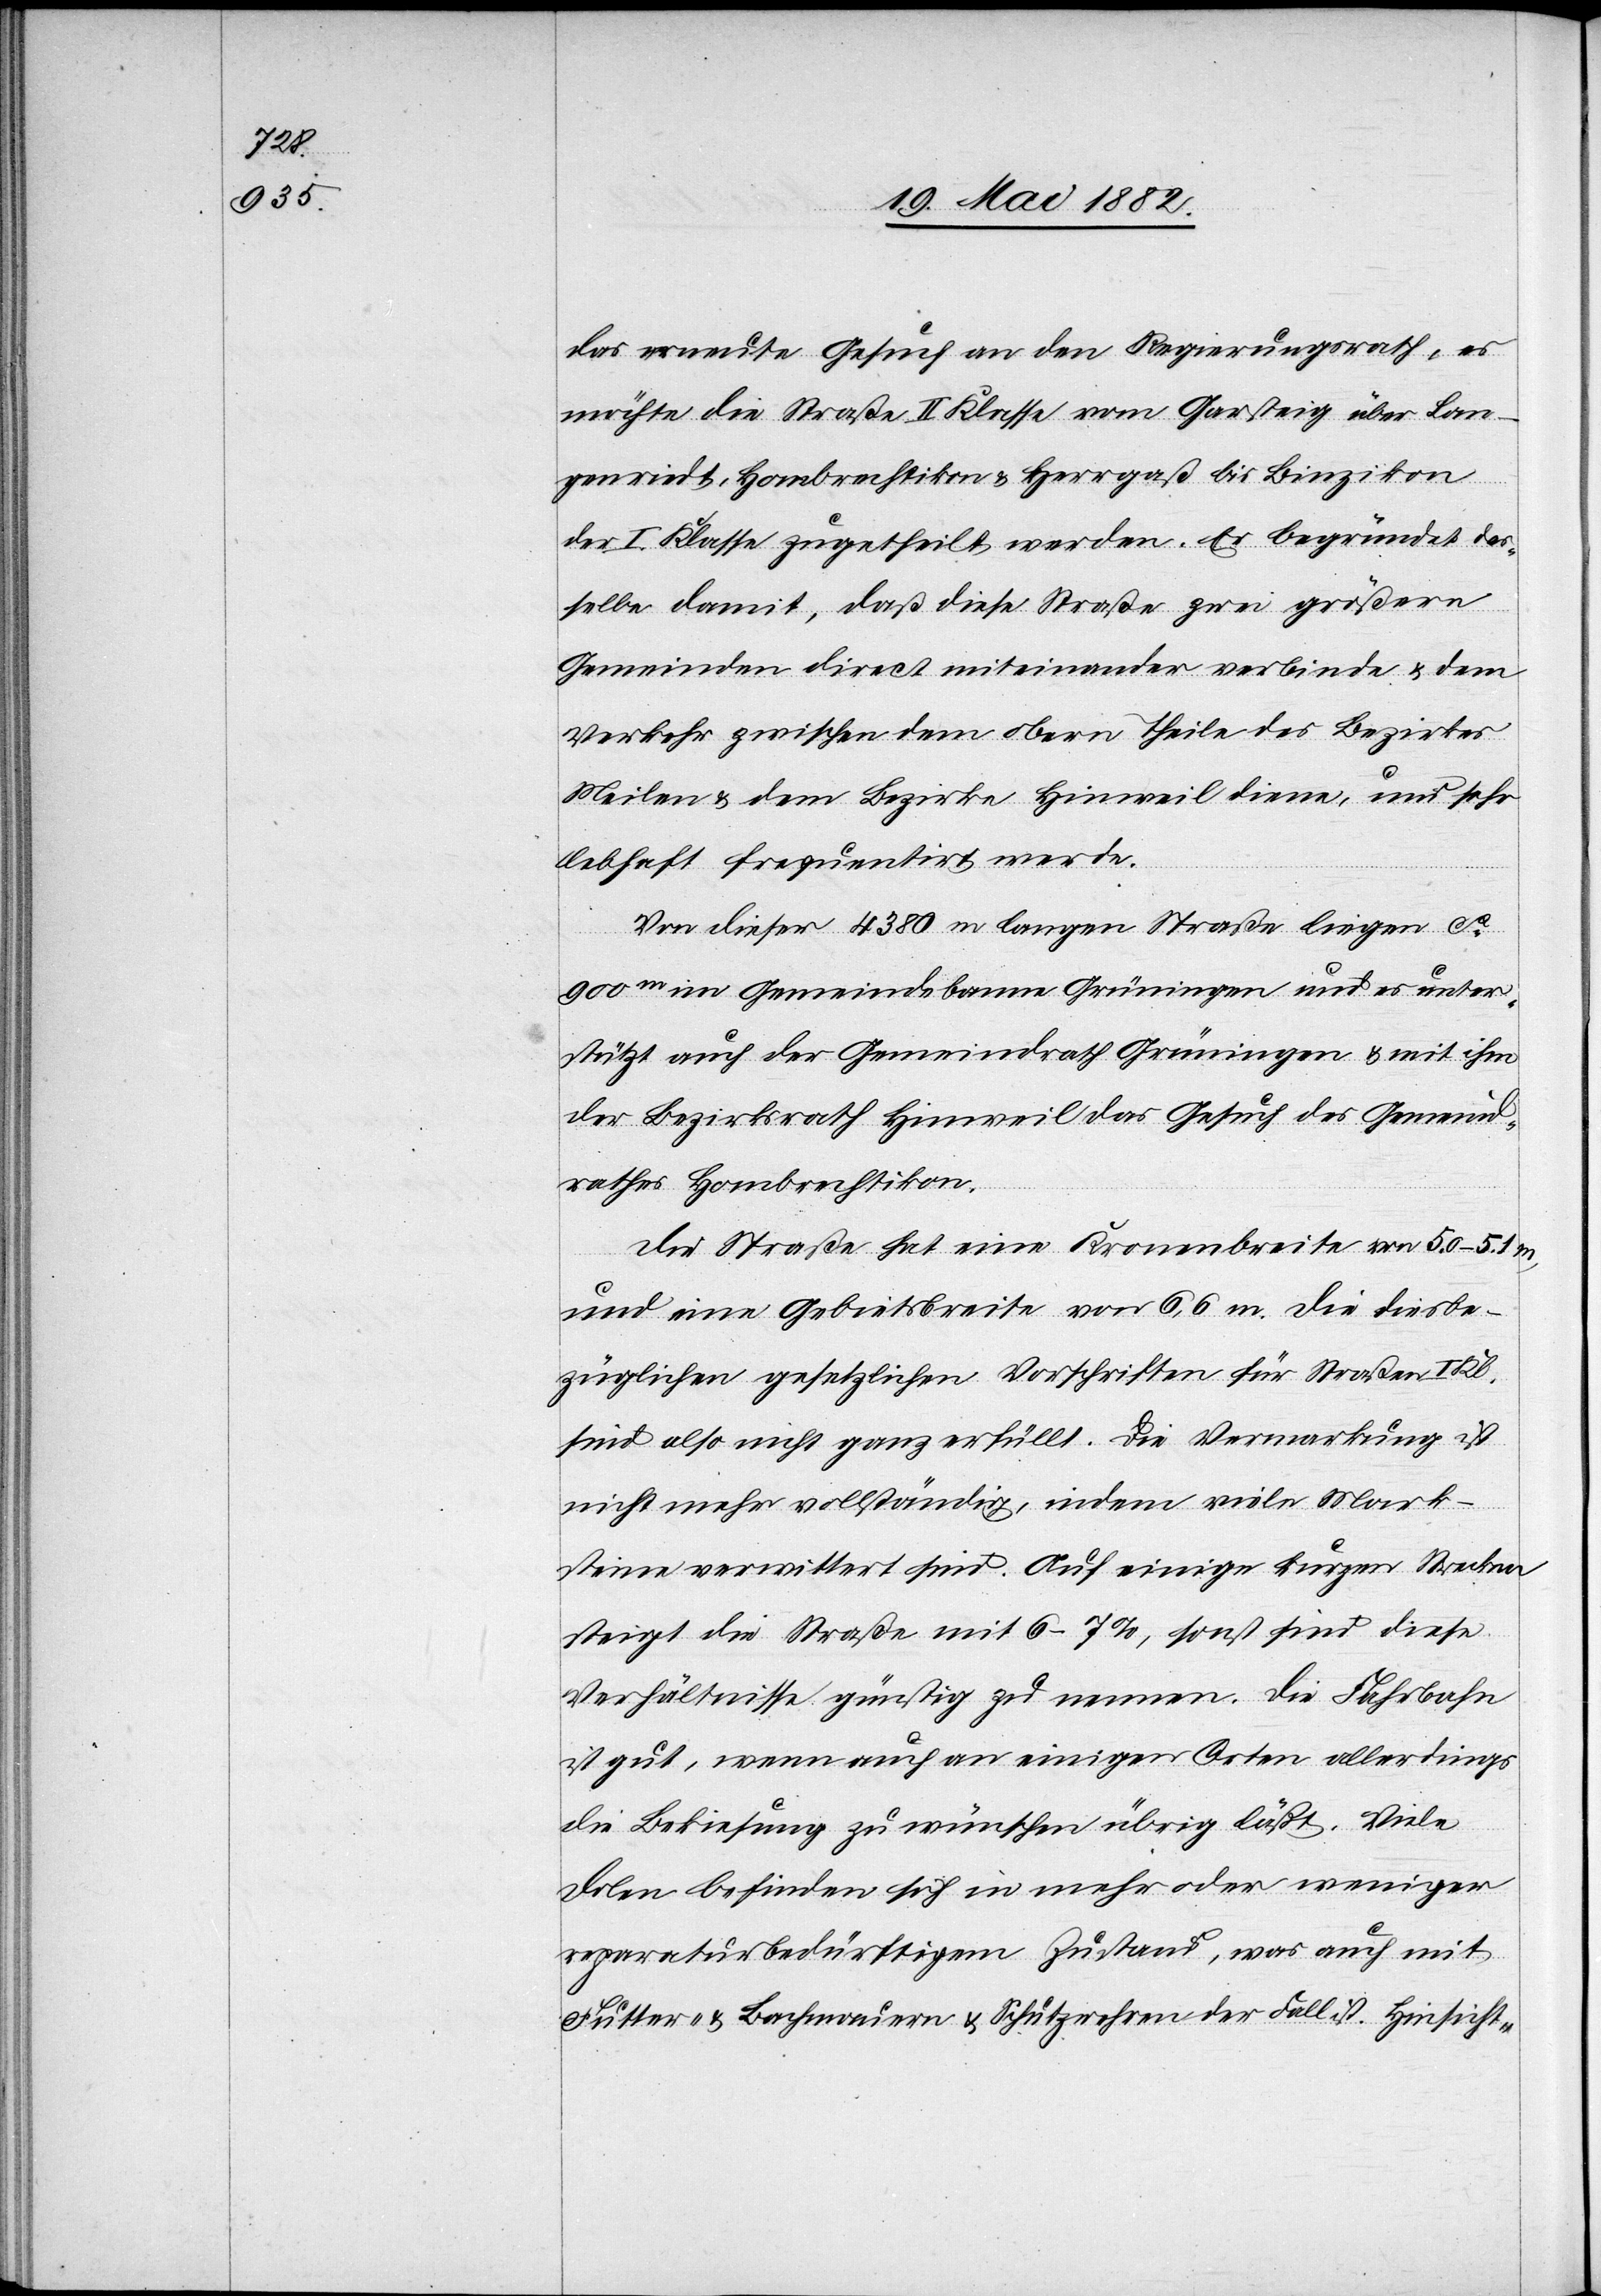
das erneute Gesuch an den Regierungsrath, es
möchte die Straße II. Klasse vom Garsteig über Lan¬
genriedt, Hombrechtikon & Herrgaß bis Linzikon
der I. Klasse zugetheilt werden. Er begründet das¬
selbe damit, daß diese Straße zwei größere
Gemeinden direct miteinander verbinde & dem
Verkehr zwischen dem obern Theile des Bezirkes
Meilen & dem Bezirke Hinweil diene, und sehr
lebhaft frequentirt werde.
Von dieser 4380 m langen Straße liegen ca
900m im Gemeindebanne Grüningen und es unter¬
stützt auch der Gemeindrath Grüningen & mit ihm
der Bezirksrath Hinweil das Gesuch des Gemeind¬
rathes Hombrechtikon.
Die Straße hat eine Kronenbreite von 5.0–5.1 m,
und eine Gebietsbreite von 6,6 m. Die dießbe¬
züglichen gesetzlichen Vorschriften für Straßen I.
sind also nicht ganz erfüllt. Die Vermarkung ist
nicht mehr vollständig, indem viele Mark¬
steine verwittert sind. Auf einige[n] kurzen Strecken
steigt die Straße mit 6–7%, sonst sind diese
Verhältnisse günstig zu nennen. Die Fahrbahn
ist gut, wenn auch an einigen Orten allerdings
die Bekiesung zu wünschen übrig läßt. Viele
Dolen befinden sich in mehr oder weniger
reparaturbedürftigem Zustand, was auch mit
Futter- & Bachmauern & Schutzwehren der Fall ist. Hinsicht-